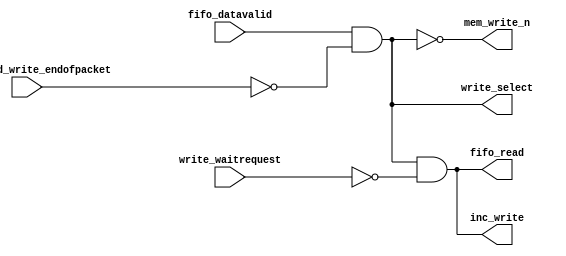
module soc_design_General_DMA_mem_write (
                                           d1_enabled_write_endofpacket,
                                           fifo_datavalid,
                                           write_waitrequest,
                                           fifo_read,
                                           inc_write,
                                           mem_write_n,
                                           write_select
                                        )
;
  output           fifo_read;
  output           inc_write;
  output           mem_write_n;
  output           write_select;
  input            d1_enabled_write_endofpacket;
  input            fifo_datavalid;
  input            write_waitrequest;
  wire             fifo_read;
  wire             inc_write;
  wire             mem_write_n;
  wire             write_select;
  assign write_select = fifo_datavalid & ~d1_enabled_write_endofpacket;
  assign mem_write_n = ~write_select;
  assign fifo_read = write_select & ~write_waitrequest;
  assign inc_write = fifo_read;
endmodule